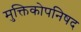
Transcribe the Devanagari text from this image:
मुक्तिकोपनिषद